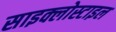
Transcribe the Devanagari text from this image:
साइक्लोस्टाइल